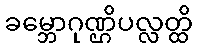
ခမ္ဘောဂုဏ္ဌိပလ္လတ္ထိ